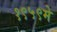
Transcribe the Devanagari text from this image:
१९५९मे